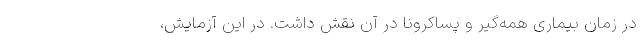
در زمان بیماری همه‌گیر و پساکرونا در آن نقش داشت. در این آزمایش،